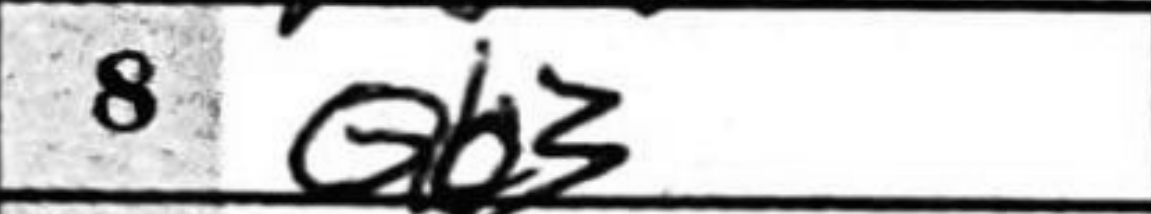
Transcription: Qb3